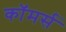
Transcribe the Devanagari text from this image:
काॅमर्स